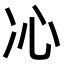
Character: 𠖶